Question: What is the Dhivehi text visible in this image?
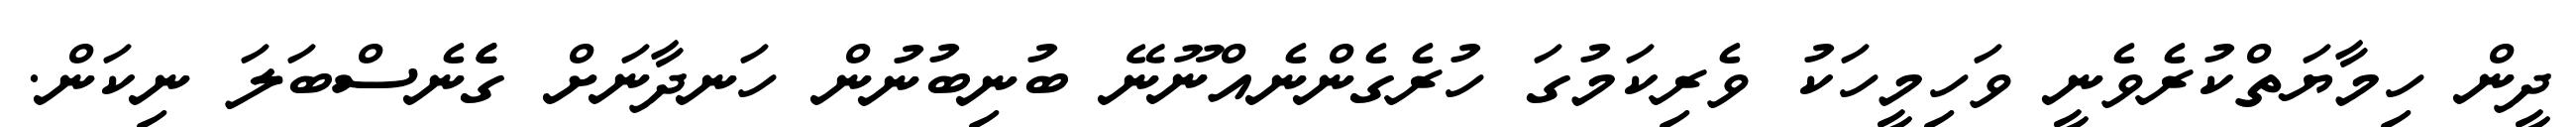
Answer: ދީން ހިމާޔަތްކުރެވެނީ ވަހިމީހަކު ވެރިކަމުގަ ހުރެގެންނެއްނޫނޭ ބުނިބުނުން ހަނދާނަށް ގެެެނެސްބަލަ ނިކަން.